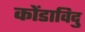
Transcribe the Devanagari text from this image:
कोंडाविदु